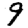
Digit: 9